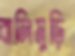
বালিমুড়ি